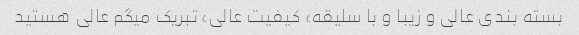
بسته بندی عالی و زیبا و با سلیقه، کیفیت عالی، تبریک میگم عالی هستید